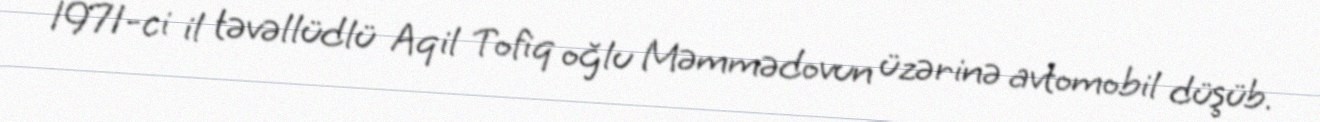
1971-ci il təvəllüdlü Aqil Tofiq oğlu Məmmədovun üzərinə avtomobil düşüb.